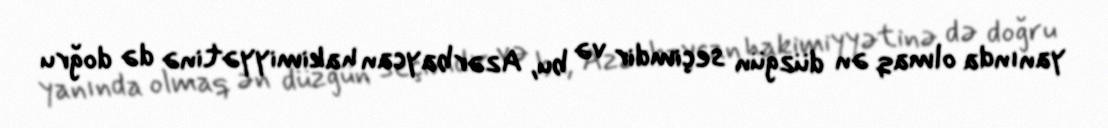
yanında olmaq ən düzgün seçimdir və bu, Azərbaycan hakimiyyətinə də doğru